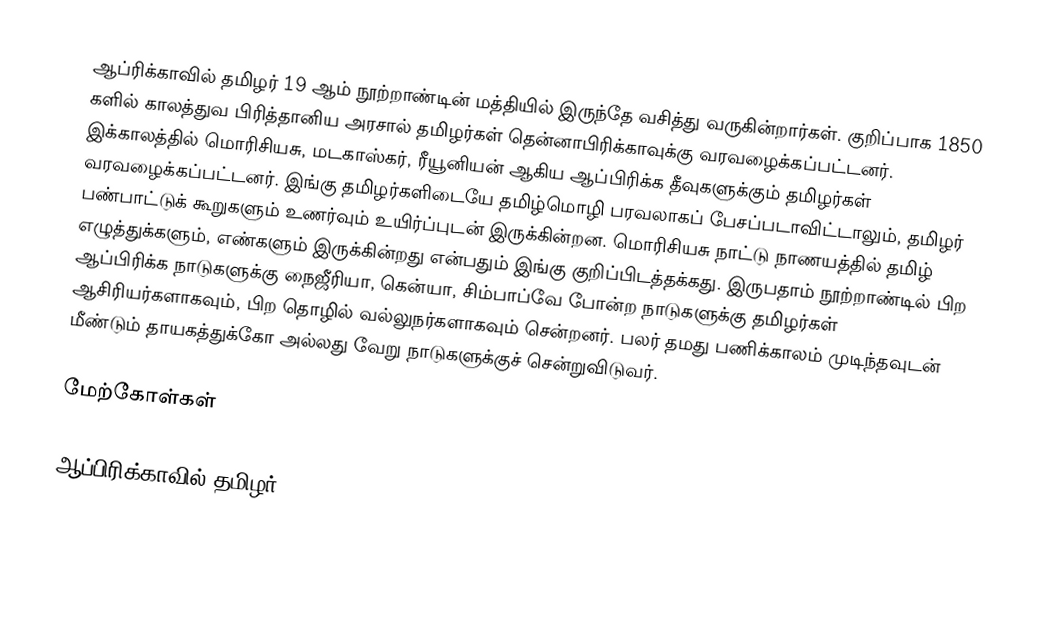
ஆப்ரிக்காவில் தமிழர் 19 ஆம் நூற்றாண்டின் மத்தியில் இருந்தே வசித்து வருகின்றார்கள். குறிப்பாக 1850 களில் காலத்துவ பிரித்தானிய அரசால் தமிழர்கள் தென்னாபிரிக்காவுக்கு வரவழைக்கப்பட்டனர். இக்காலத்தில் மொரிசியசு, மடகாஸ்கர், ரீயூனியன் ஆகிய ஆப்பிரிக்க தீவுகளுக்கும் தமிழர்கள் வரவழைக்கப்பட்டனர். இங்கு தமிழர்களிடையே தமிழ்மொழி பரவலாகப் பேசப்படாவிட்டாலும், தமிழர் பண்பாட்டுக் கூறுகளும் உணர்வும் உயிர்ப்புடன் இருக்கின்றன. மொரிசியசு நாட்டு நாணயத்தில் தமிழ் எழுத்துக்களும், எண்களும் இருக்கின்றது என்பதும் இங்கு குறிப்பிடத்தக்கது.  இருபதாம் நூற்றாண்டில் பிற ஆப்பிரிக்க நாடுகளுக்கு நைஜீரியா, கென்யா, சிம்பாப்வே போன்ற நாடுகளுக்கு தமிழர்கள் ஆசிரியர்களாகவும், பிற தொழில் வல்லுநர்களாகவும் சென்றனர். பலர் தமது பணிக்காலம் முடிந்தவுடன் மீண்டும் தாயகத்துக்கோ அல்லது வேறு நாடுகளுக்குச் சென்றுவிடுவர்.

மேற்கோள்கள்

ஆப்பிரிக்காவில் தமிழர்